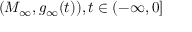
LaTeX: ( M _ { \infty } , g _ { \infty } ( t ) ) , t \in ( - \infty , 0 ]